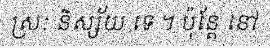
ស្រៈ និស្ស័យ ទេ ។ ប៉ុន្តែ នៅ